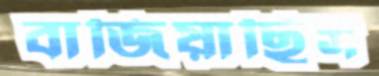
বাজিয়াছিস